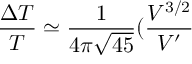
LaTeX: \frac { \Delta T } { T } \simeq \frac { 1 } { 4 \pi \sqrt { 4 5 } } ( \frac { V ^ { 3 / 2 } } { V ^ { \prime } }